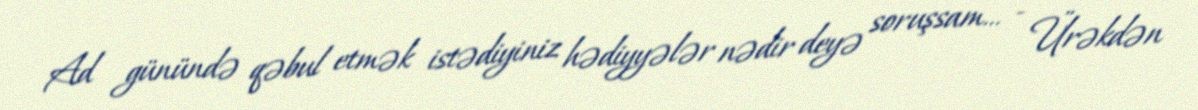
Ad günündə qəbul etmək istədiyiniz hədiyyələr nədir deyə soruşsam... - Ürəkdən